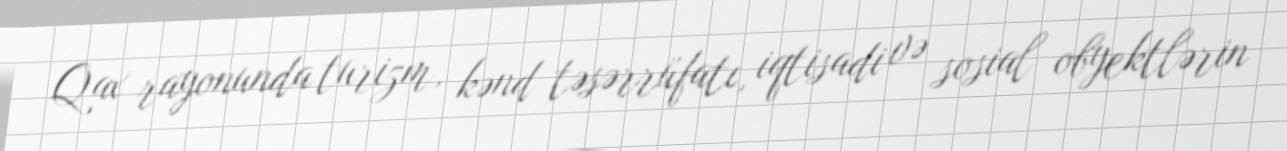
Qax rayonunda turizm, kənd təsərrüfatı, iqtisadi və sosial obyektlərin